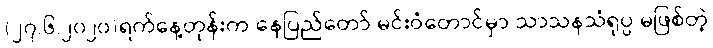
(၂၇.၆.၂၀၂၀)ရက်နေ့တုန်းက နေပြည်တော် မင်းဝံတောင်မှာ သာသနသံရုပ္ပ မဖြစ်တဲ့